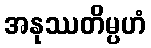
အနုဿတိမ္ပဟံ